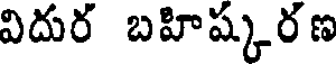
విదుర బహిష్కరణ